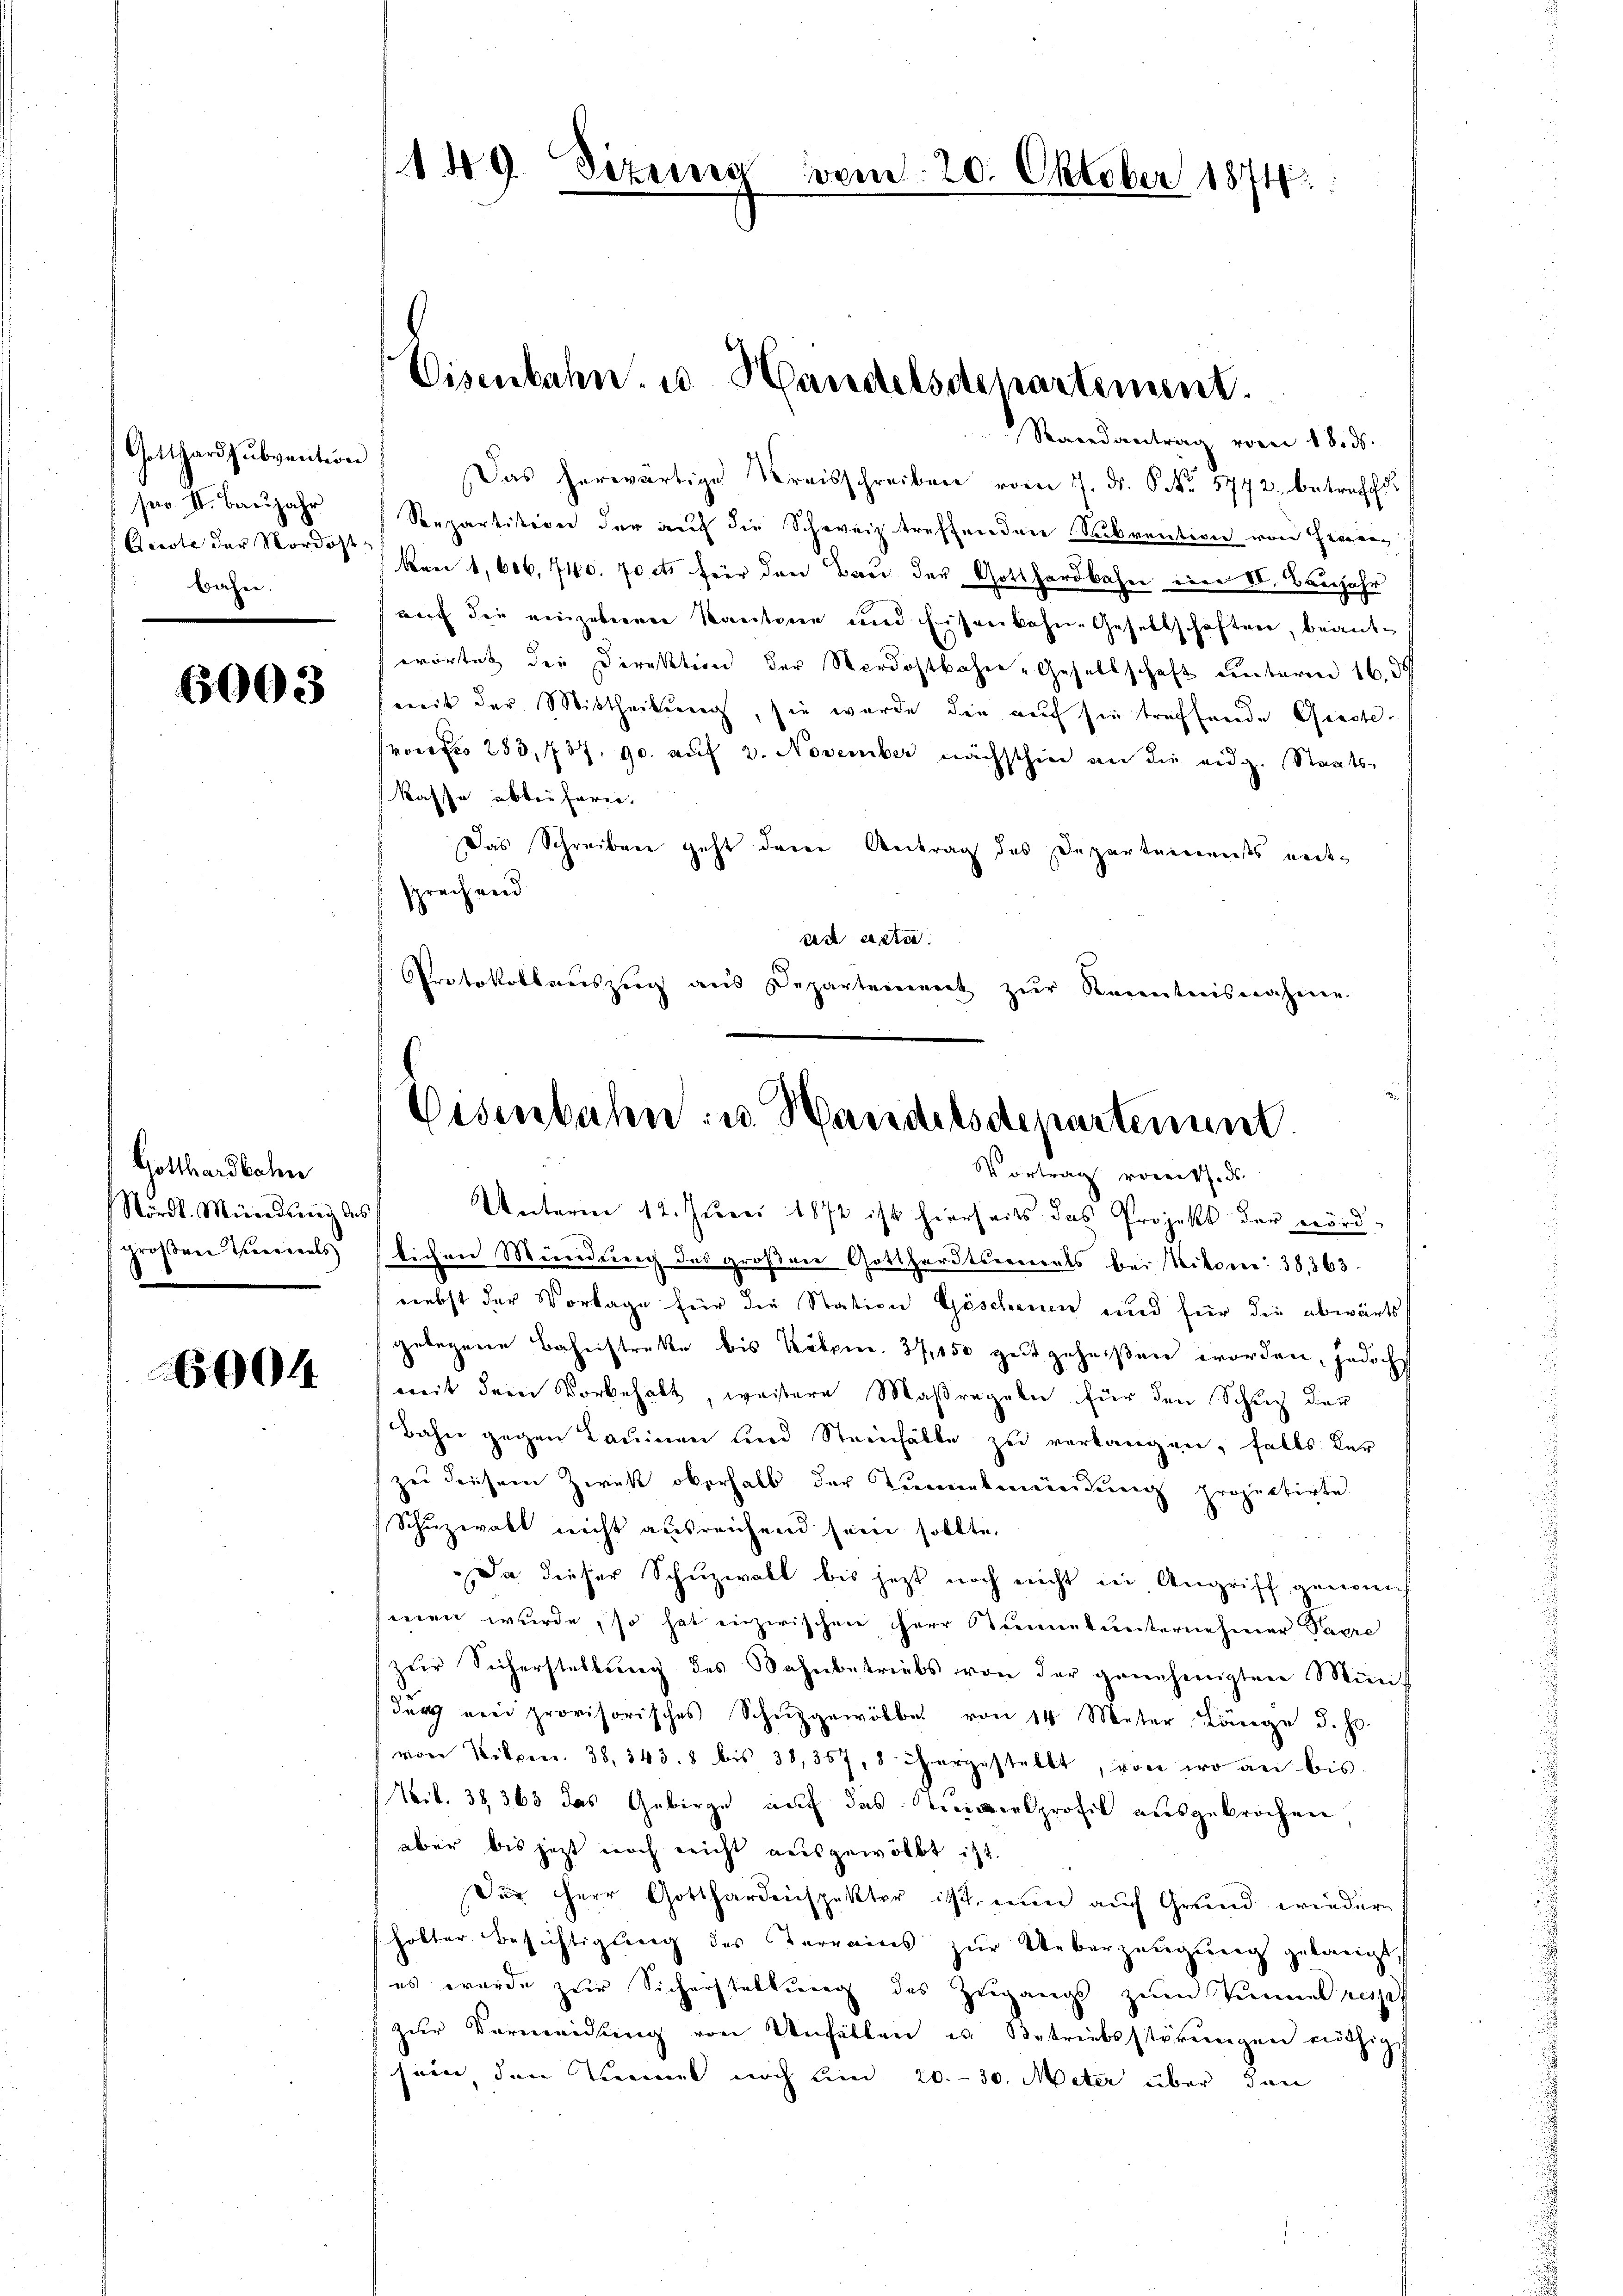
Gotthardsubvention
pro II. Baŭjahr
Gerste der Nordostbahn

6003

Gotthardbahn
Nördl. Mündung des
großen Verials
d

600

149. Sizina vom 20. Oktober 1874

Eisenbahn. u. Handelsdepartement.

C
Eisenbahn- u. Handelsdepartement
Vortrag vom 7. d.
Unterm 12. Juni 1872 ist hierseits das Projekt der nörd-

Randantrag vom 18. ds.
Das herwärtige Kreisschreiben vom 7. d. P. Nr. 5772. betrachte
Separtition der auch die Schweiz treffenden Subventione von Freien
kaei 1,606, 740. Forts für drei Bei der Gotthardbahne eine VI. Benjahr
auf die einzeberren Kantone und Eisenbahne Gesellschaften, beante
erortet der Direktion der Nordostbahn-Gesellschaft unterm 16. d
mit der Mittheilung, sie wurde die auf sie treffende Grastekonfer 283, 737. 90. auf 2. November nächsthie an die eidg. Staats-
kasse abbeifarie.
Das Schreiben geht denen Antrag des Departenmeists neue
sprechend
ad acta
Protokollauszug aus Departement zŭr Racentreiswahnen.
lichen Mündung des großner Gotthardtserrents bei Mikon 38, 363
nebst der Vorlage für die Station Göschenen und für die abwärts
gelegene Bahnstreke bis Kölpin. 37, 150 gut geheißen worden, jedoch
weit dem Vorbehalt, weitere Maßregeln für den Schup der
Bahn gegen Lauinen und Steinhalle zu verlangen, falls der
zu diesem Zweck oberhalb der Tunnelmeindung projectirte
Schuzwakt nicht ausreichend sein sollte,
Da dieser Schuzwall bis jetzt noch nicht in Angriff genom
men wurde, so hat einzwischen Herr Tunnelinisternehmer Papre
zŭr Sicherstellŭng des Bahnbetriebs von der genehmigten Mün-
dŭrch veri provisorisches Schuzgewölbe von 14 Meter Länge d. Js.
von Kilpen. 38. 343. 8 bis 38,357, 8 hergestellt, von wo an bis
Vol. 38, 363 das Gebirge auf das Leinersprofil ausgebrochen,
aber bis jetzt noch nicht ausgewölbt ist.
Der HHerr Gotthardenspekter ist, nun auf Grund wieder
holter Besichtigung des Terrains zur Ueberzeugung gelangt,
es wurde zur Sicherstellung des Zugangs zum Tannes reise
zŭr Vermeidlŭng von Unfällen u Betriebsstörŭngen nützige
sein den Kammel noch und 20.- 30. Meter über den